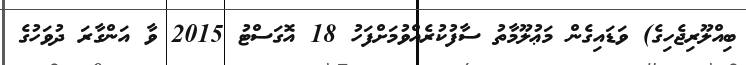
ބިއްލޫރިޖެހިގެ) ވަޑައިގެން މަޢުލޫމާތު ސާފުކުރެއްވުމަށްފަހު 18 އޮގަސްޓު 2015 ވާ އަންގާރަ ދުވަހުގެ